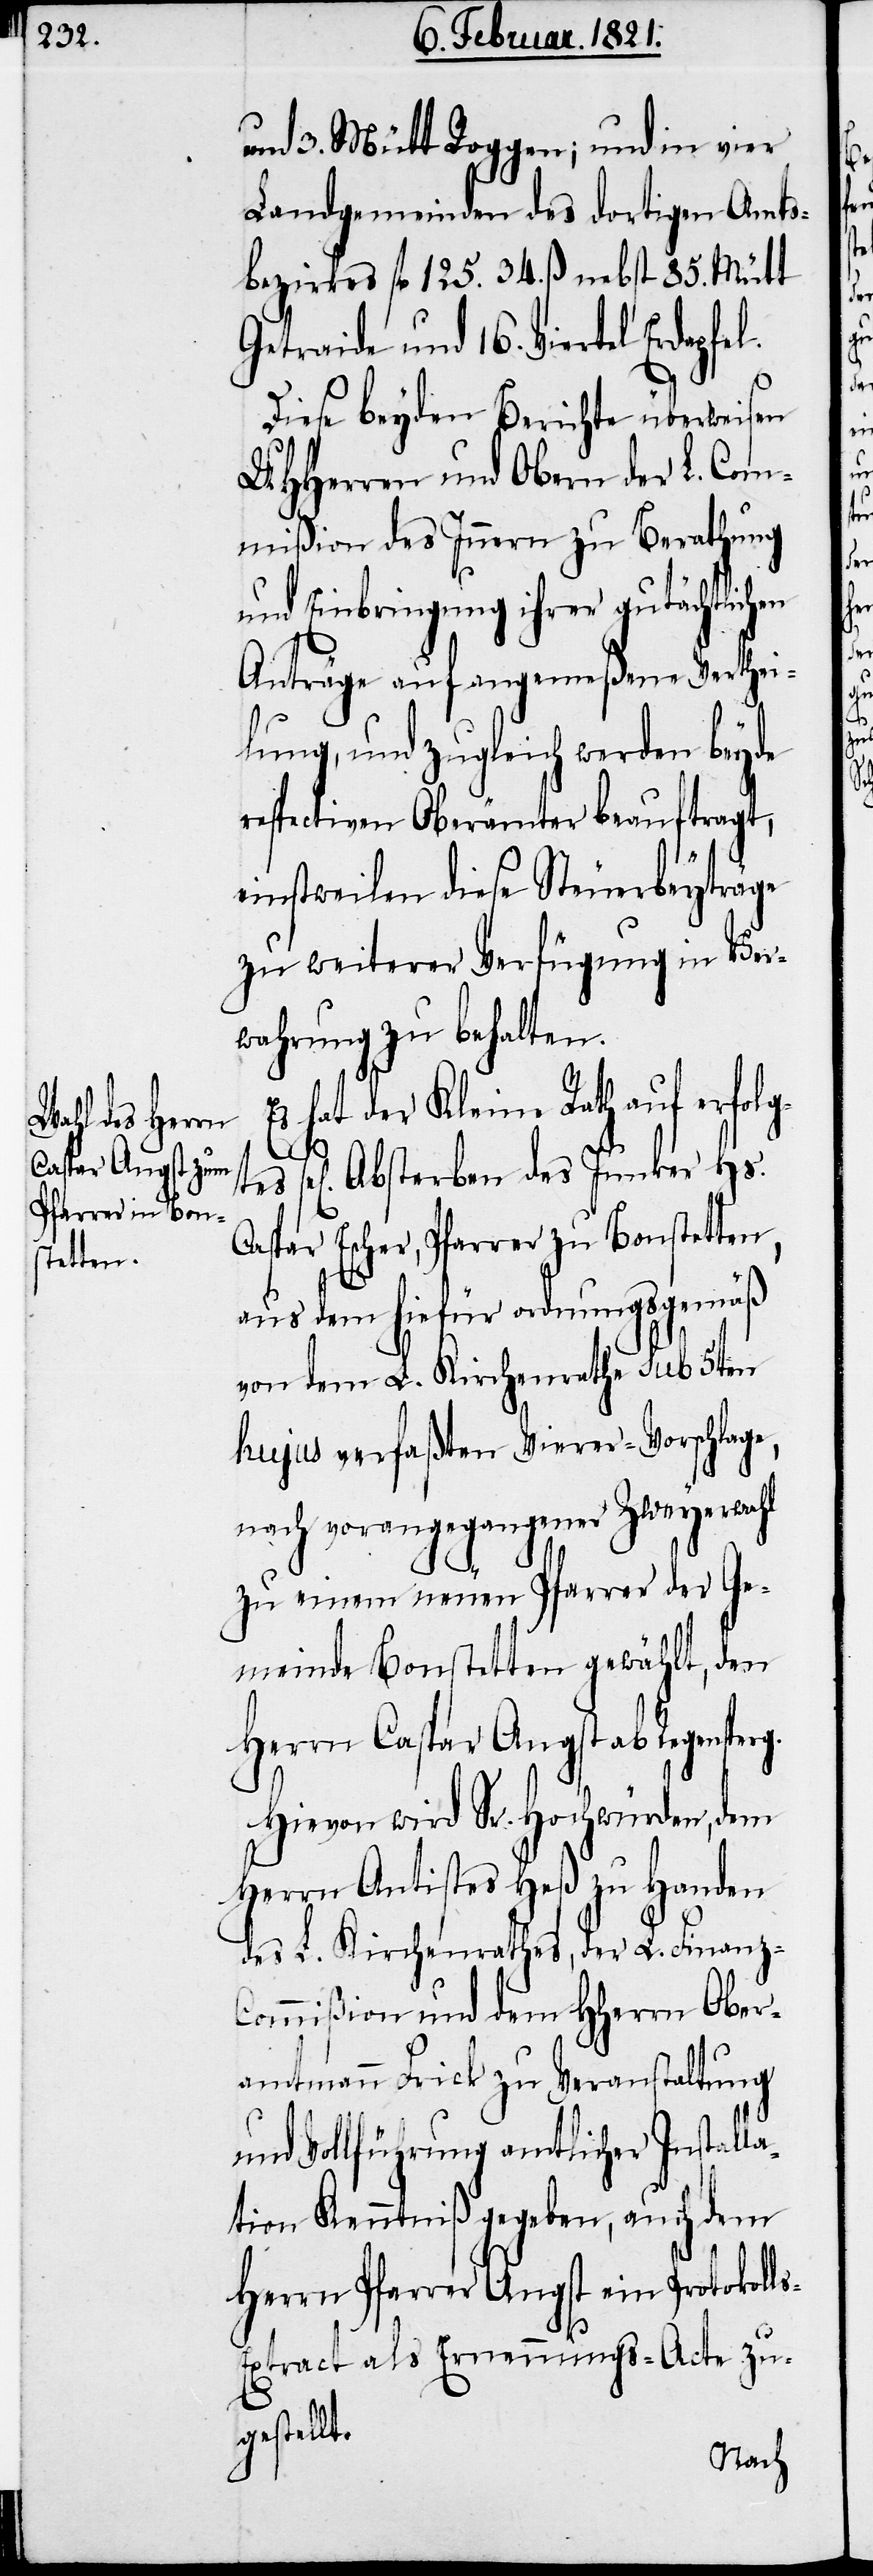
g.

und 3. Mütt Roggen; und in vier
Landgemeinden des dortigen Amts¬
bezirkes fl. 125. 34. ß nebst 85. Mütt
Getraide und 16. Viertel
Diese beyden Berichte überweisen
UHHerren und Obern der L. Com¬
mißion des Innern zu Berathung
und Einbringung ihrer gutächtlichen
Anträge auf angemeßene Verthei¬
lung, und zugleich werden beyde
respectiven Oberämter beauftragt,
einstweilen diese Steuerbeyträge
zu weiterer Verfügung in Ver¬
wahrung zu behalten.
hat der Kleine Rath auf
sel[iges] Absterben des Junker Hs.
Caspar Escher, Pfarrer zu Bonstetten,
aus dem hiefür ordnungsgemäß
von dem L. Kirchenrathe sub 5ten
hujus verfaßten Vierer-Vorschlage,
nach vorangegangener Zweyerwahl
zu einem neuen Pfarrer der Ge¬
meinde Bonstetten gewählt, den
Herrn Caspar Angst ab Regensper¬
Hievon wird Sr. Hochwürden, dem
Herrn Antistes Heß zu Handen
des L. Kirchenrathes, der L. Finanz-C¬
ommißion und dem HHerrn Ober¬
amtmann Frick zu Veranstaltung
und Vollführung amtlicher Installa¬
tion Kenntniß gegeben, auch dem
Herrn Pfarrer Angst ein Protokoll¬
s-Extract als Ernennungs-Acte zu¬
gestellt.